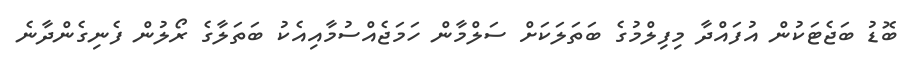
ބޮޑު ބަޖެޓަކުން އުފައްދާ މިިފިލްމުގެ ބަތަލަކަށް ސަލްމާން ހަމަޖެއްސުމާއިއެކު ބަތަލާގެ ރޯލުން ފެނިގެންދާނެ